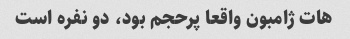
هات ژامبون واقعا پرحجم بود، دو نفره است